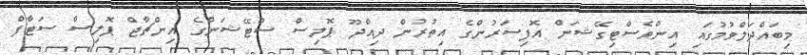
މިބައްދަލްވުމުގައި އިންވެސްޓިގޭޝަން އޮފިސަރުންގެ އިތުރުން ދިއްދޫ ޕޮލިސް ސްޓޭޝަންގެ އިންޗާޖް ޕޮލިސް ސަޓާފް